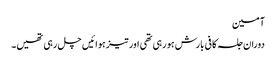
آمین
دوران جلسہ کافی بارش ہو رہی تھی اور تیز ہوائیں چل رہی تھیں۔